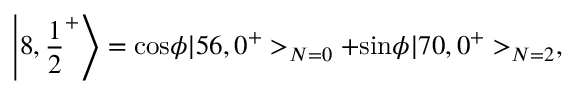
\left| 8 , { \frac { 1 } { 2 } } ^ { + } \right> = \mathrm { c o s } \phi | 5 6 , 0 ^ { + } > _ { N = 0 } + \mathrm { s i n } \phi | 7 0 , 0 ^ { + } > _ { N = 2 } ,